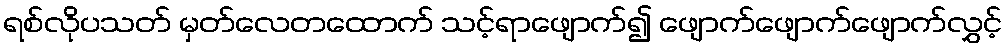
ရစ်လိုပသတ် မှတ်လေတထောက် သင့်ရာဖျောက်၍ ဖျောက်ဖျောက်ဖျောက်လွှင့်